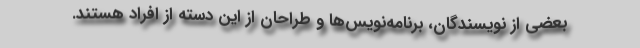
بعضی از نویسندگان، برنامه‌نویس‌ها و طراحان از این دسته از افراد هستند.